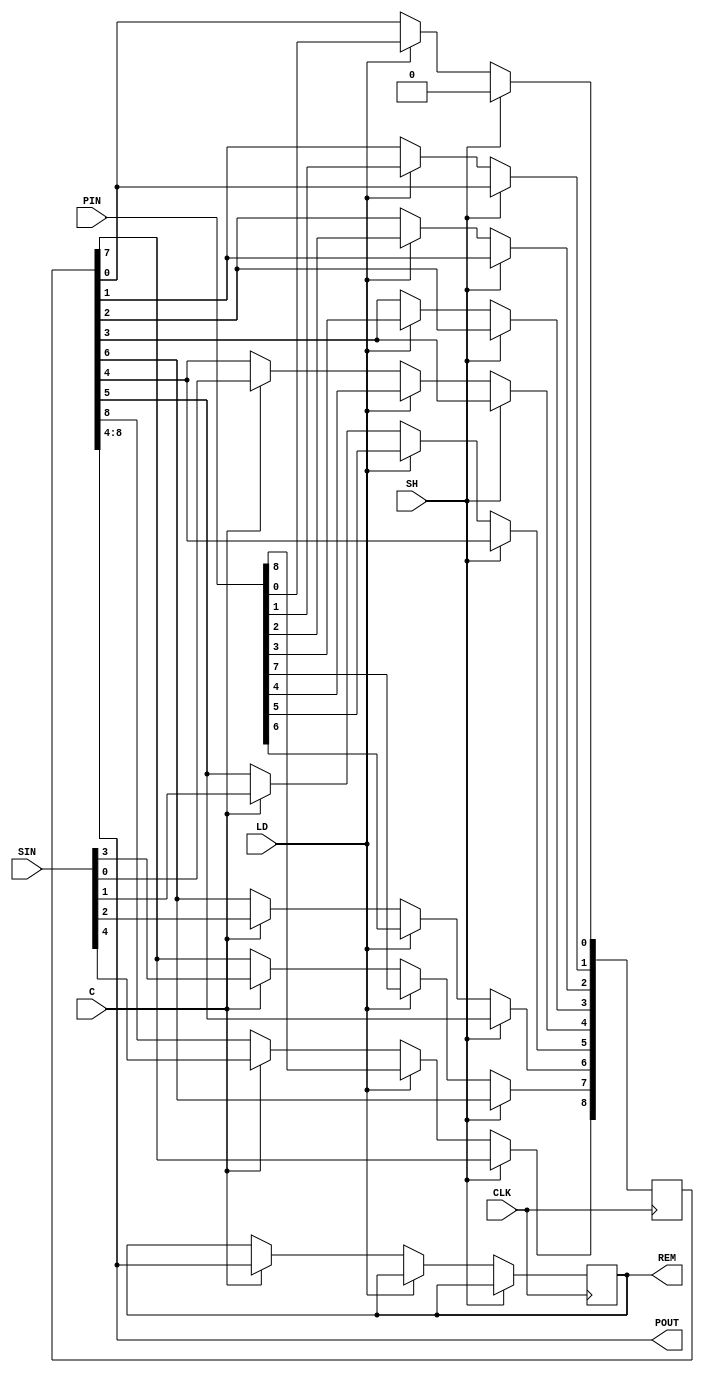
module dividend(CLK, SH, LD, PIN, POUT, SIN, REM, C);
    input CLK, SH, LD, C;
    input [4:0] SIN;
    input [8:0] PIN;

    output reg [4:0] REM = 5'b00000;
    output[4:0] POUT;
    reg[8:0] Q = 9'b000000000;
    always@(negedge CLK)begin
        if (SH == 1) begin
            Q[8] <= Q[7];
            Q[7] <= Q[6];
            Q[6] <= Q[5];
            Q[5] <= Q[4];
            Q[4] <= Q[3];
            Q[3] <= Q[2];
            Q[2] <= Q[1];
            Q[1] <= Q[0];
            Q[0] <= 1'd0;
        end else if (LD == 1) begin
            Q <= PIN;
        end else if (C == 1) begin
            Q[8:4] <= SIN;
            REM <= POUT;
        end
    end
    assign POUT = Q[8:4];
endmodule